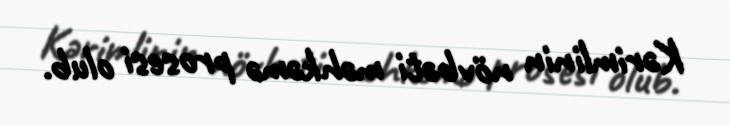
Kərimlinin növbəti məhkəmə prosesi olub.